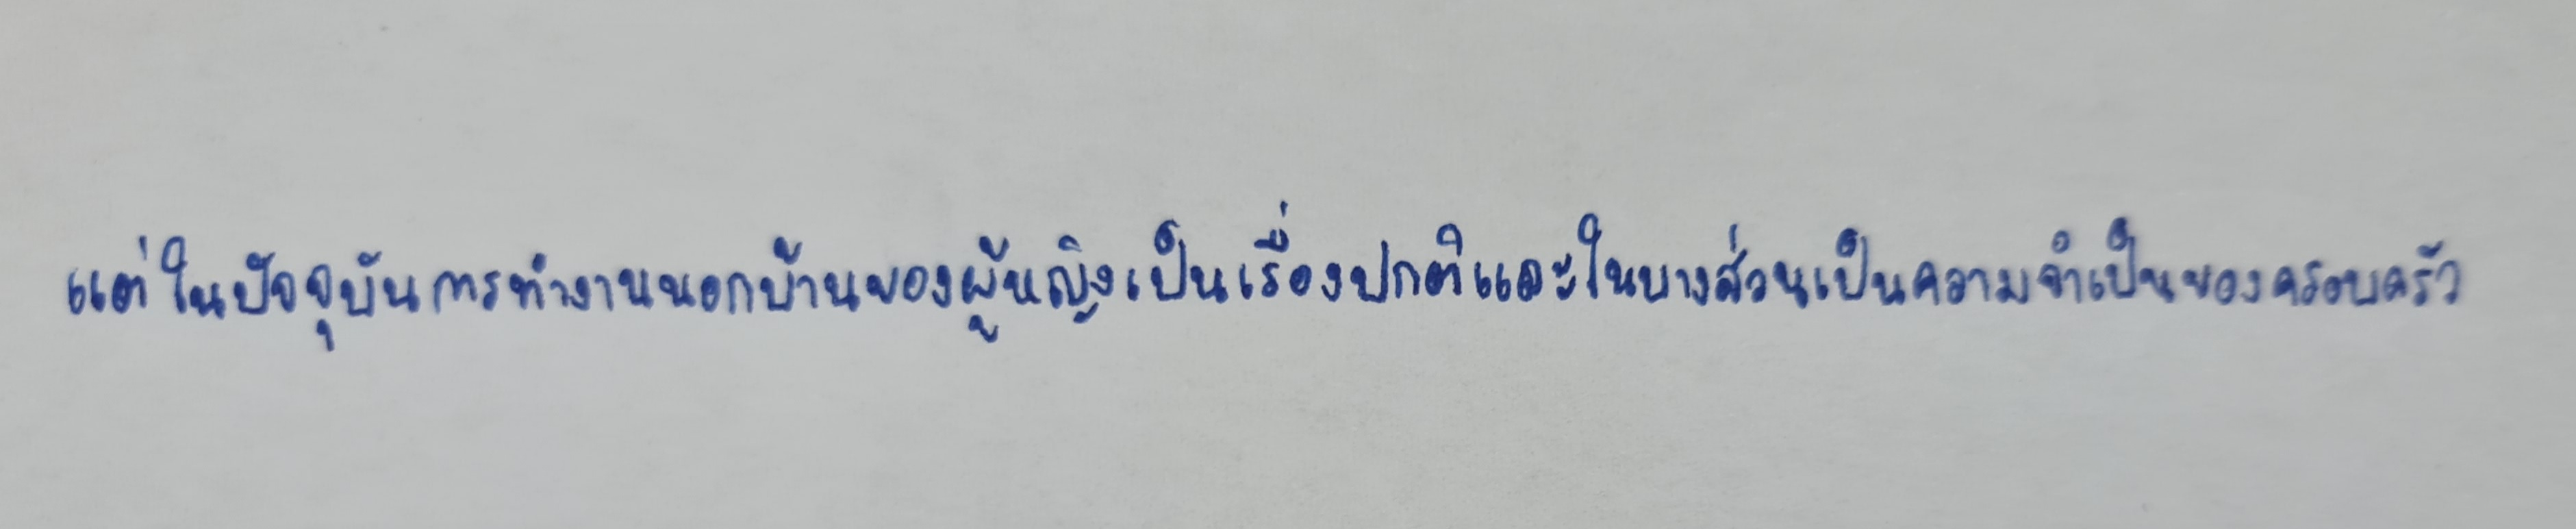
แต่ในปัจจุบันการทำงานนอกบ้านของผู้หญิงเป็นเรื่องปกติและในบางส่วนเป็นความจำเป็นของครอบครัว